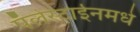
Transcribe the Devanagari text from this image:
पॅलेस्टाईनमधे